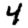
Digit: 4